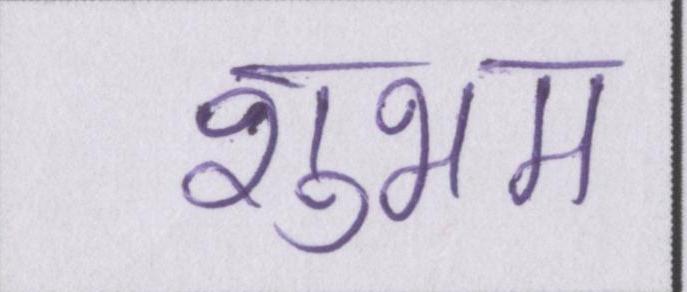
शुभम